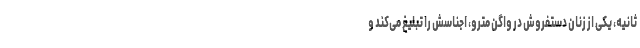
ثانیه، یکی از زنان دستفروش در واگن مترو، اجناسش را تبلیغ می‌کند و